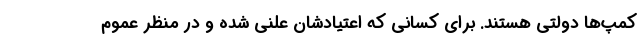
کمپ‌ها دولتی هستند. برای کسانی که اعتیادشان علنی شده و در منظر عموم